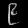
Digit: ၉